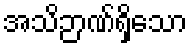
အသိဉာဏ်ရှိသော